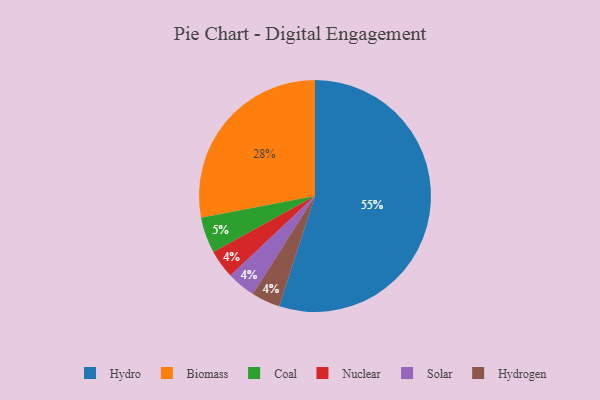
{"axis": {"x": "Category", "y": "Percentage"}, "legend": ["Biomass", "Coal", "Hydro", "Hydrogen", "Nuclear", "Solar"], "data": [{"x": "Hydro", "y": 55, "type": "Hydro"}, {"x": "Nuclear", "y": 4, "type": "Nuclear"}, {"x": "Solar", "y": 4, "type": "Solar"}, {"x": "Coal", "y": 5, "type": "Coal"}, {"x": "Biomass", "y": 28, "type": "Biomass"}, {"x": "Hydrogen", "y": 4, "type": "Hydrogen"}]}